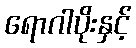
ရောဂါပိုးနှင့်